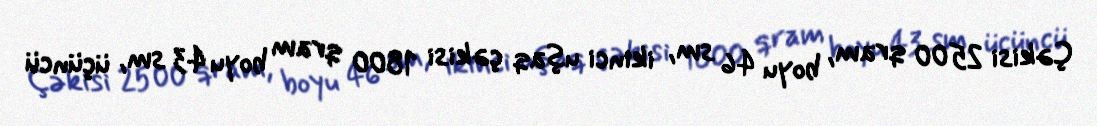
Çəkisi 2500 qram, boyu 46 sm, ikinci uşaq çəkisi 1800 qram boyu 43 sm, üçüncü